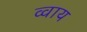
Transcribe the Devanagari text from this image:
व्वाय